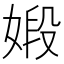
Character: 𪦋